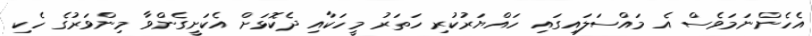
އެހެންނަމަވެސް އެ މައްސަލައިގައި ހައްޔަރުކުރި ހަތަރު މީހަކާއި ދެކޮޅަށް އެކަށީގެންވާ މިންވަރުގެ ހެކި